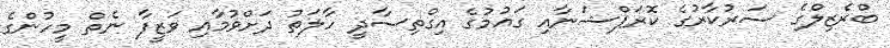
ބްރެޒިލްގެ ސަރުކާރުގެ ކޮރަޕްޝަނާއި ގައުމުގެ އިގްތިސާދީ ހާލަތު ދަށްވުމާއި ވަޒީފާ ނެތް މީހުންގެ